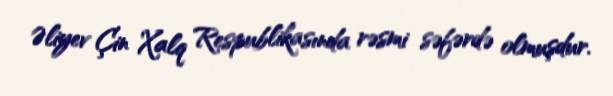
Əliyev Çin Xalq Respublikasında rəsmi səfərdə olmuşdur.